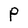
Character: P